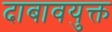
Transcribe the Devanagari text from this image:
दाबावयुक्त